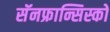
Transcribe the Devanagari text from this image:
सॅनफ्रान्सिस्को